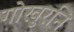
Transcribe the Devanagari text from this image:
गोखुरनि